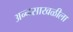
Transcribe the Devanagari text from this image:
अन्नसाखळीला